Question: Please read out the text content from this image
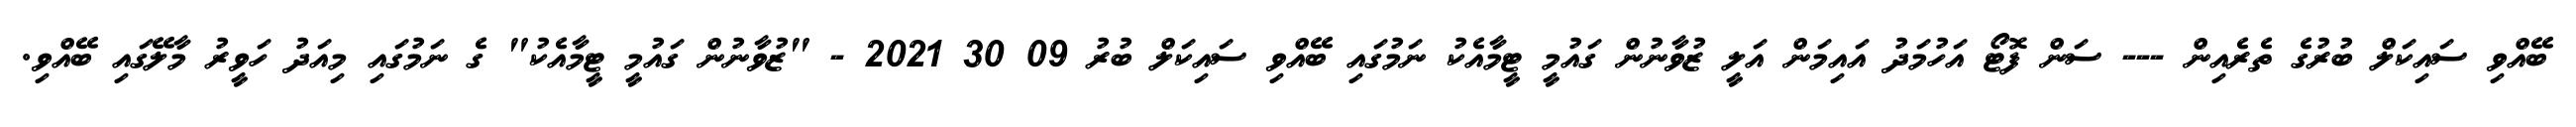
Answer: ބޭއްވި ސައިކަލް ބުރުގެ ތެރެއިން --- ސަން ފޮޓޯ އަހުމަދު އައިމަން އަލީ ޒުވާނުން ގައުމީ ޓީމާއެކު ނަމުގައި ބޭއްވި ސައިކަލް ބުރު 09 30 2021 - "ޒުވާނުން ގައުމީ ޓީމާއެކު" ގެ ނަމުގައި މިއަދު ހަވީރު މާލޭގައި ބޭއްވި.